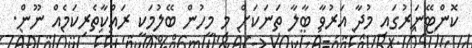
ކޮންޓޭނަރުގައި މުދާ އަރުވާ ބާލާ ތަނަކަށް މި މީހުން ބޭލުމަކީ ރައްކާތެރިކަމެއް ނޫން.